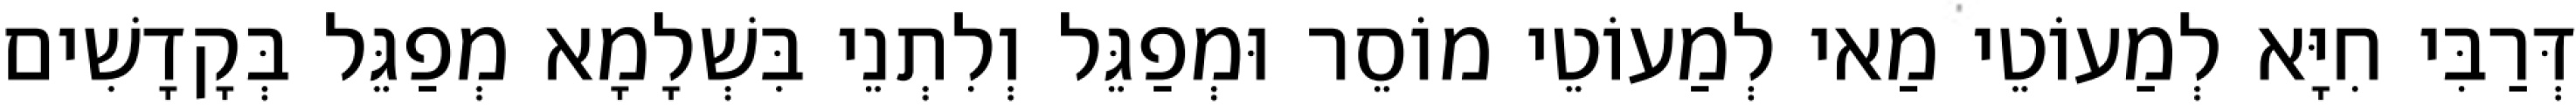
דְּרַבִּי חִיָּא לְמַעוֹטֵי מַאי לְמַעוֹטֵי מוֹסֵר וּמְפַגֵּל וְלִתְנֵי בִּשְׁלָמָא מְפַגֵּל בְּקָדָשִׁים